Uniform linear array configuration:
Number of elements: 48
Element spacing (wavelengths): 1
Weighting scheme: uniform
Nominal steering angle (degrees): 15
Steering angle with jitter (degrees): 14.932
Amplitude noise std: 0.05
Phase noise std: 0.05

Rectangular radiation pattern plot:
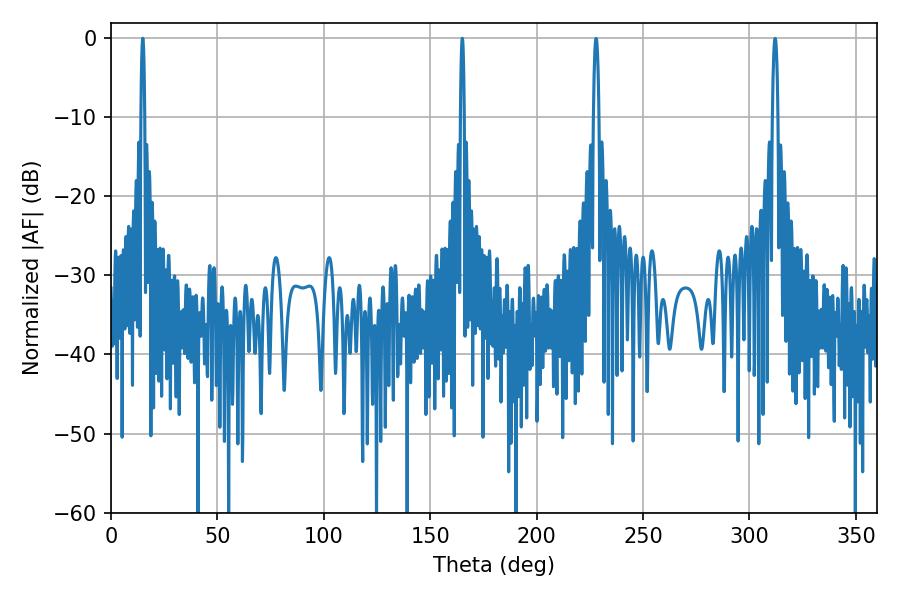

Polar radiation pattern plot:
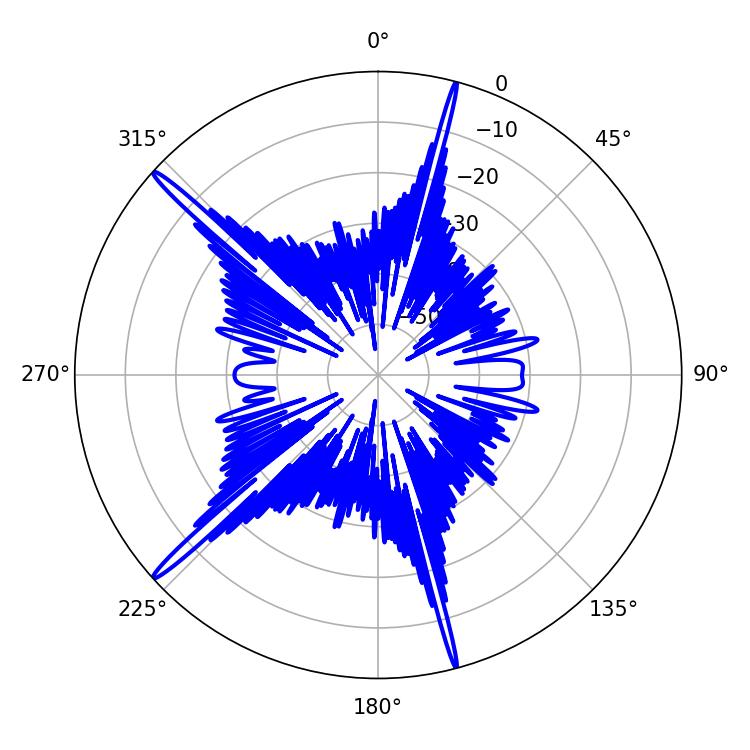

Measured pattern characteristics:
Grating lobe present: TRUE
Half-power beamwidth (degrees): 0.9
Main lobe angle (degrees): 165.06